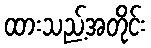
ထားသည့်အတိုင်း